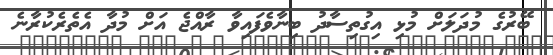
ބޭރުގެ މުދަލަށް މުޅި އިގުތިސާދު ބިނާވެފައިވާ ރާއްޖެ އަށް މުދާ އެތެރެކުރާނެ